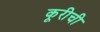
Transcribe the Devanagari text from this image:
कूरीची